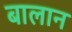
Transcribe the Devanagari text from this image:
बालान